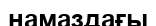
намаздағы